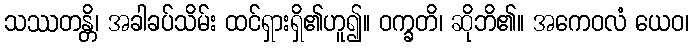
သဿတန္တိ၊ အခါခပ်သိမ်း ထင်ရှားရှိ၏ဟူ၍။ ဝက္ခတိ၊ ဆိုဘိ၏။ အကေဝလံ ယေဝ၊